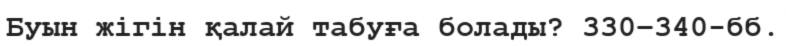
Буын жігін қалай табуға болады? 330−340-бб.